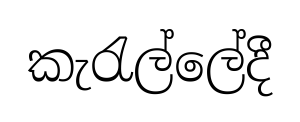
කැරැල්ලේදී